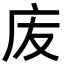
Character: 𢇬